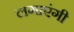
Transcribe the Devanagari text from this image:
लगाएंगी